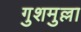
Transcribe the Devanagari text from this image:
गुशमुल्ला